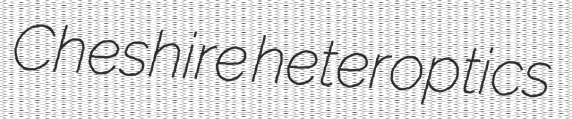
Cheshire heteroptics